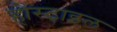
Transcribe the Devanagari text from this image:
होस्टाइल